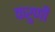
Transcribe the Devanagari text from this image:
करुणी